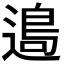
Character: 𨖂